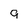
Character: 9